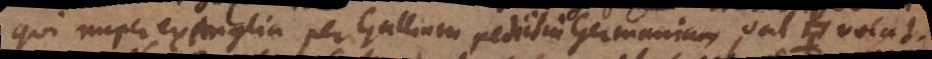
qui nuper ex Anglia per Galliam petiit in Germaniam, sal [_] volat.